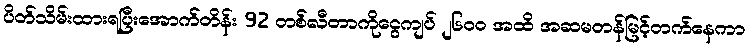
ပိတ်သိမ်းထားရပြီးအောက်တိန်း 92 တစ်လီတာကိုငွေကျပ် ၂၆၀၀ အထိ အဆမတန်မြင့်တက်နေကာ